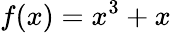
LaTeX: f(x)=x^{3}+x